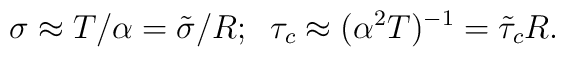
\sigma \approx T/\alpha =\tilde{\sigma}/R;\;\;\tau_c\approx (\alpha^2T)^{-1} = \tilde{\tau}_c R.